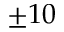
\pm 1 0